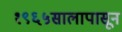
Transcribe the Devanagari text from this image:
१९६५सालापासून